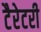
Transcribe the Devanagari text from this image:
टैरेटरी